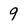
Character: 9